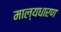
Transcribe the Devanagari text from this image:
माल्यधारण